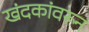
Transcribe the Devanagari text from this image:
खंदकांवरून